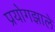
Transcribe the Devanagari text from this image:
प्रयोगझाले